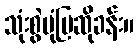
သုံးစွဲပုံပြဆိုခန်း။